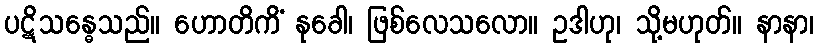
ပဋိသန္ဓေသည်။ ဟောတိကိံ နုခေါ၊ ဖြစ်လေသလော။ ဥဒါဟု၊ သို့မဟုတ်။ နာနာ၊